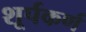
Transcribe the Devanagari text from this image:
शूर्पकर्ण